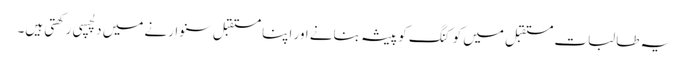
یہ طالبات مستقبل میں کوکنگ کو پیشہ بنانے اور اپنا مستقبل سنوارنے میں دلچسپی رکھتی ہیں۔